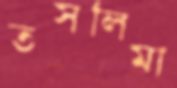
তসলিমা